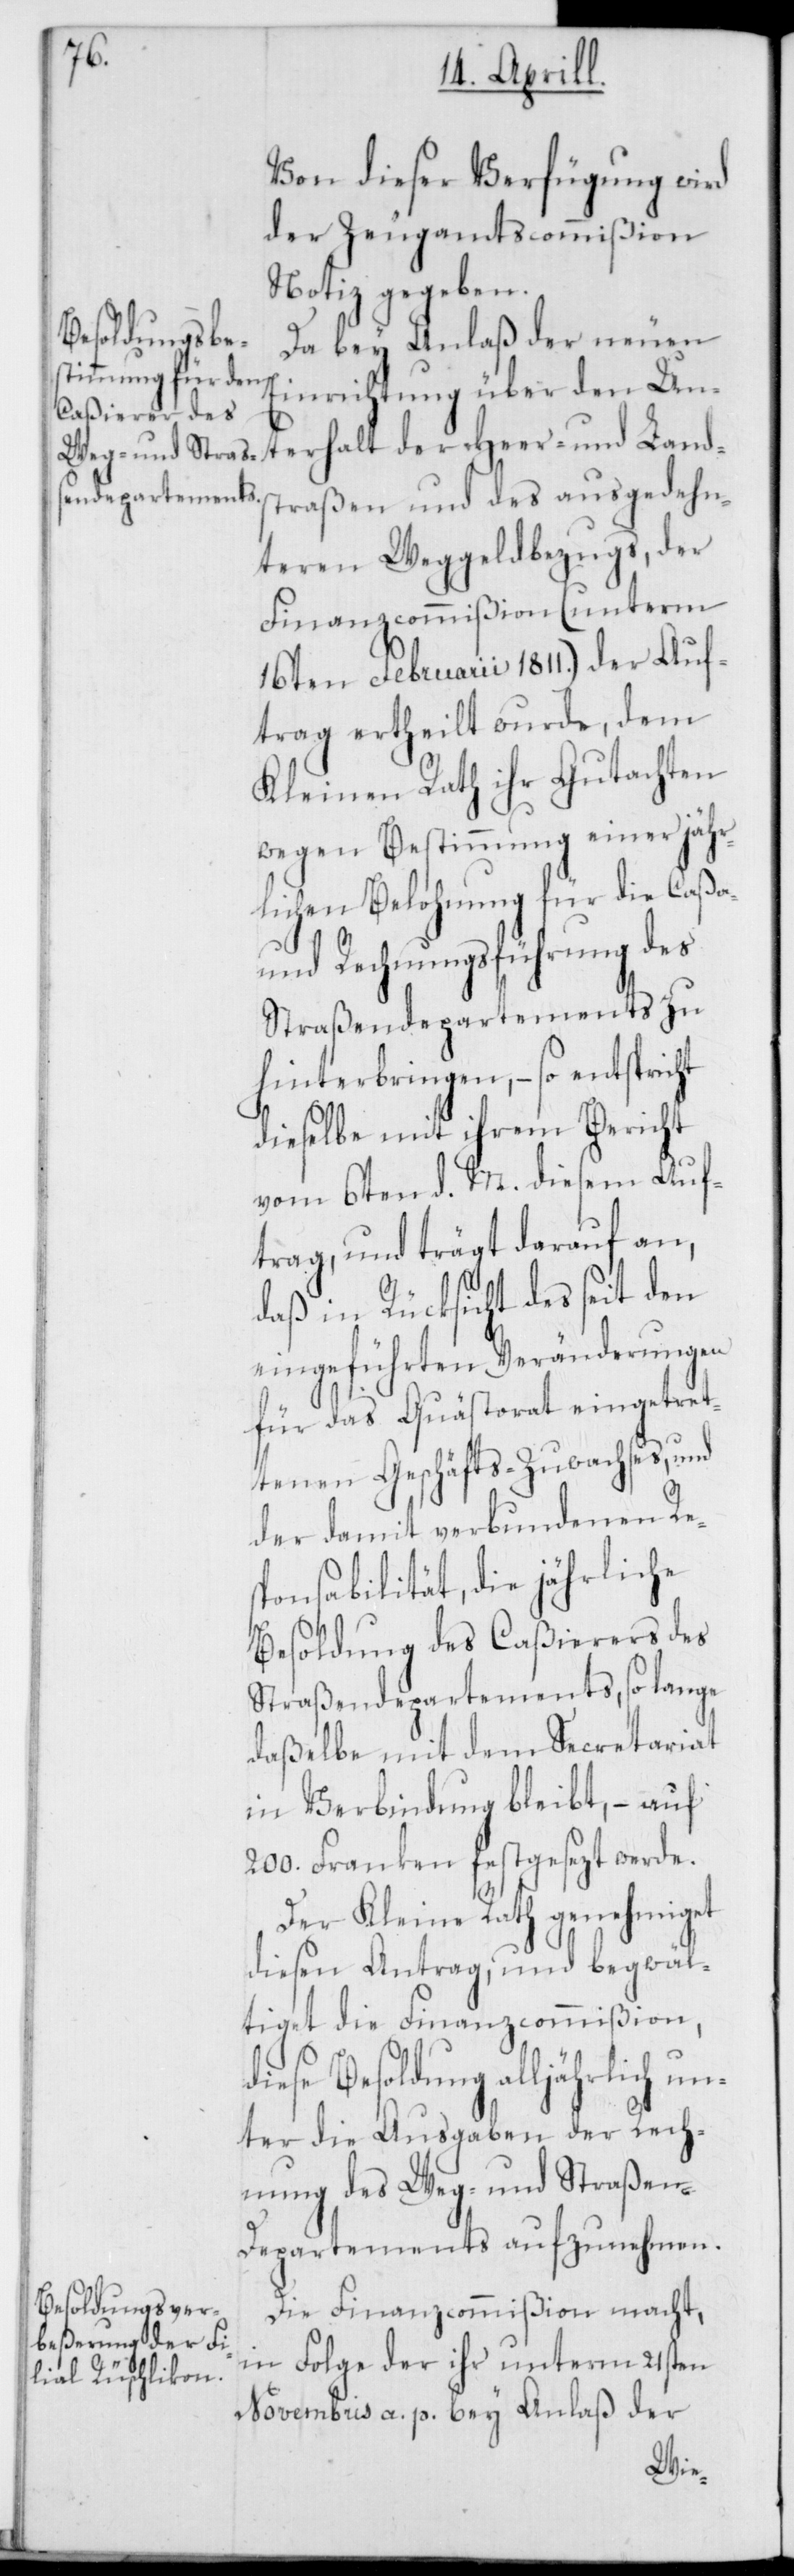
Von dieser Verfügung wird
der Zeugamtscommißion
Notiz gegeben.
Da bey Anlaß der neuen
Einrichtung über den Un¬
terhalt der Heer- und Land¬
straßen und des ausgedehn¬
teren Weggeldbezugs, der
Finanzcommißion (unterm
16ten Februarii 1811.) der Auf¬
trag ertheilt wurde, dem
Kleinen Rath ihr Gutachten
wegen Bestimmung einer jähr¬
lichen Belohnung für die Caßa-
und Rechnungsführung des
Straßendepartements zu
hinterbringen, – so entspricht
dieselbe mit ihrem Bericht
vom 6ten d. M. diesem Auf¬
trag, und trägt darauf an,
daß in Rücksicht des seit den
eingeführten Veränderungen
für das Quästorat eingetre¬
tenen Geschäfts-Zuwachses, und
der damit verbundenen Re¬
sponsabilität, die jährliche
Besoldung des Caßierers des
Straßendepartements, so lange
daßelbe mit dem Secretariat
in Verbindung bleibt, – auf
200. Franken festgesezt werde.
Der Kleine Rath genehmiget
diesen Antrag, und begwäl¬
tiget die Finanzcommißion,
Besoldung alljährlich un¬
ter die Ausgaben der Rech¬
nung des Weg- und Straßen-D¬
epartements aufzunehmen.
Die Finanzcommißion macht,
in Folge der ihr unterm 21sten
Novembris a. p. bey Anlaß der